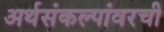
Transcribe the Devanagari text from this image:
अर्थसंकल्पांवरची